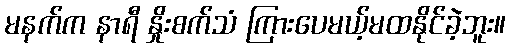
မနက်က နာရီ နှိုးစက်သံ ကြားပေမယ့်မထနိုင်ခဲ့ဘူး။